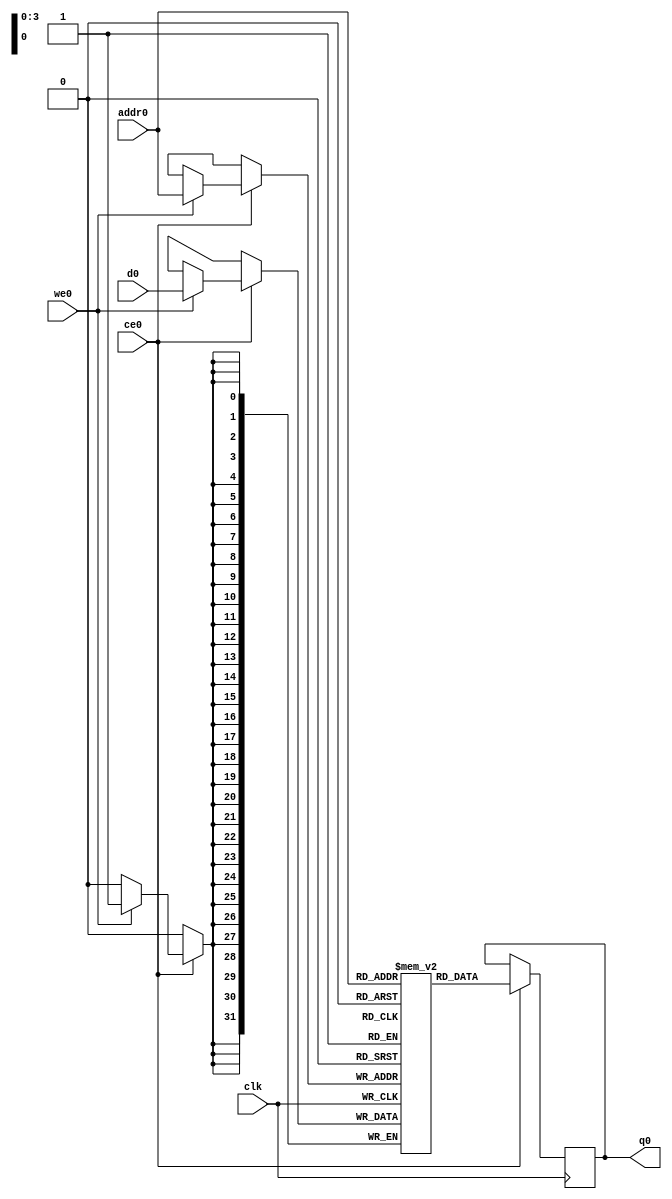
// ==============================================================
// Vivado(TM) HLS - High-Level Synthesis from C, C++ and SystemC v2019.2 (64-bit)
// Copyright 1986-2019 Xilinx, Inc. All Rights Reserved.
// ==============================================================
`timescale 1 ns / 1 ps
module quant_layer_10u_sFfa_ram (addr0, ce0, d0, we0, q0,  clk);

parameter DWIDTH = 32;
parameter AWIDTH = 4;
parameter MEM_SIZE = 10;

input[AWIDTH-1:0] addr0;
input ce0;
input[DWIDTH-1:0] d0;
input we0;
output reg[DWIDTH-1:0] q0;
input clk;

(* ram_style = "distributed" *)reg [DWIDTH-1:0] ram[0:MEM_SIZE-1];




always @(posedge clk)  
begin 
    if (ce0) begin
        if (we0) 
            ram[addr0] <= d0; 
        q0 <= ram[addr0];
    end
end


endmodule

`timescale 1 ns / 1 ps
module quant_layer_10u_sFfa(
    reset,
    clk,
    address0,
    ce0,
    we0,
    d0,
    q0);

parameter DataWidth = 32'd32;
parameter AddressRange = 32'd10;
parameter AddressWidth = 32'd4;
input reset;
input clk;
input[AddressWidth - 1:0] address0;
input ce0;
input we0;
input[DataWidth - 1:0] d0;
output[DataWidth - 1:0] q0;



quant_layer_10u_sFfa_ram quant_layer_10u_sFfa_ram_U(
    .clk( clk ),
    .addr0( address0 ),
    .ce0( ce0 ),
    .we0( we0 ),
    .d0( d0 ),
    .q0( q0 ));

endmodule